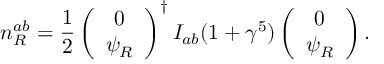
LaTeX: n _ { R } ^ { a b } = \frac 1 2 \left( \begin{array} { c } { { 0 } } \\ { { \psi _ { R } } } \end{array} \right) ^ { \dagger } I _ { a b } ( 1 + \gamma ^ { 5 } ) \left( \begin{array} { c } { { 0 } } \\ { { \psi _ { R } } } \end{array} \right) .